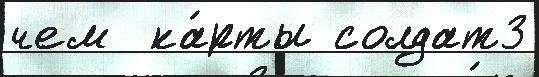
чем  ка́рты солдат3